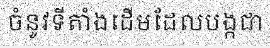
ចំនូវទីតាំងដើមដែលបង្កជា